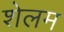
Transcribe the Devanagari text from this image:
शेलम